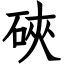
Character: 硤